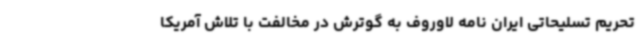
تحریم تسلیحاتی ایران نامه لاوروف به گوترش در مخالفت با تلاش آمریکا